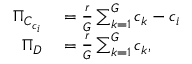
\begin{array} { r l } { \Pi _ { C _ { c _ { i } } } } & { { } = \frac { r } { G } \sum _ { k = 1 } ^ { G } c _ { k } - c _ { i } } \\ { \Pi _ { D } } & { { } = \frac { r } { G } \sum _ { k = 1 } ^ { G } c _ { k } , } \end{array}